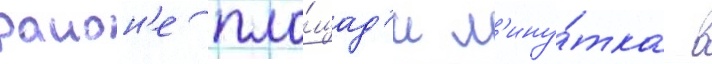
раион'е пло́щад'и м'ину́тка в